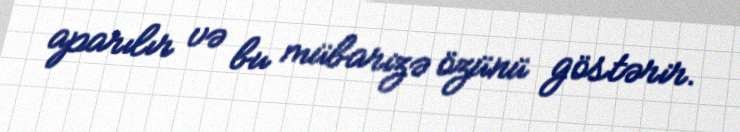
aparılır və bu mübarizə özünü göstərir.